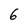
Character: 6